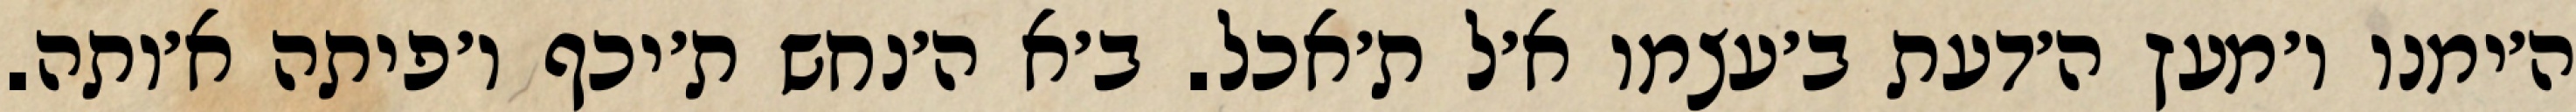
ה׳ימנו ו׳מעץ ה׳דעת ב׳עצמו א׳ל ת׳אכל. ב׳א ה׳נחש ת׳יכף ו׳פיתה א׳ותה.